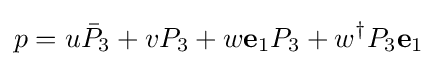
p=u{\bar {P}}_{3}+vP_{3}+w\mathbf {e} _{1}P_{3}+w^{\dagger }P_{3}\mathbf {e} _{1}